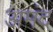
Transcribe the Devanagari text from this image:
अमंद